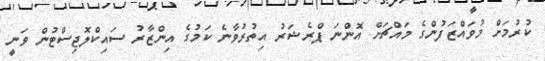
ކުރުމަށް މުވައްޒަފުންގެ މައްޗަށް އޮންނަ ޕްރެޝަރު އިތުރުވާނެ ކަމުގެ އިންޒާރު ސައިކްލޮޖިސްޓުން ވަނީ